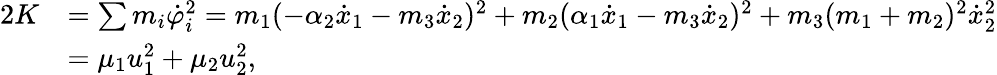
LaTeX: \begin{array}{rl}{2K}&{=\sum m_{i}\dot{\varphi}_{i}^{2}=m_{1}(-\alpha_{2}\dot{x}_{1}-m_{3}\dot{x}_{2})^{2}+m_{2}(\alpha_{1}\dot{x}_{1}-m_{3}\dot{x}_{2})^{2}+m_{3}(m_{1}+m_{2})^{2}\dot{x}_{2}^{2}}\\ &{=\mu_{1}u_{1}^{2}+\mu_{2}u_{2}^{2},}\end{array}